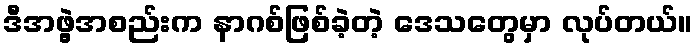
ဒီအဖွဲ့အစည်းက နာဂစ်ဖြစ်ခဲ့တဲ့ ဒေသတွေမှာ လုပ်တယ်။